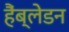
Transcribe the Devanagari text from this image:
हैंब्लेडन